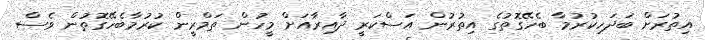
އިތުރަށް ބަދަހިކުރުމާ ބެހޭގޮތުގެ އިތުރުން އަސްކަރީ ދާއިރާއަށް މީހުން ތަމްރީން ކުރުމާބެހޭގޮތުން ވެސް